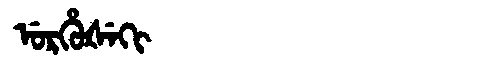
Manchu: ᡠᡵᡥᡠᡧᡝᡴᡳ
Romanization: URHUŠEKI